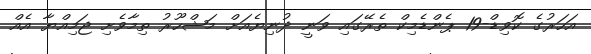
އަހަރުގެ ކޮވިޑް-19 ޕެންޑެމިކް ތެރޭގައި ވަނީ ދުނިޔެއަށް މަޝްހޫރު ތިމާވެށި ޖަމިއްޔާ އެއް